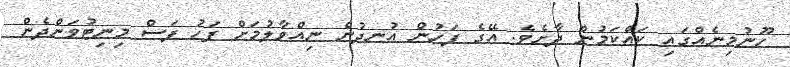
ހޫނުމިނެއްގައި ކައްކަމުން ދާށެވެ. އޭގެ ފަހުން އުނދުން ނިއްވާލުމަށް ފަހު ފަސް މިނިޓުވަންދެން